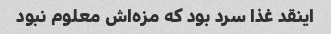
اینقد غذا سرد بود که مزه‌اش معلوم نبود